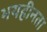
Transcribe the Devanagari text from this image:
भयहीनता